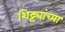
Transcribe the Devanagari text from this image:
शिट्ट्यांच्या